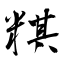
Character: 粸